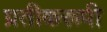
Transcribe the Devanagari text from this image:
प्रतीकरूपी